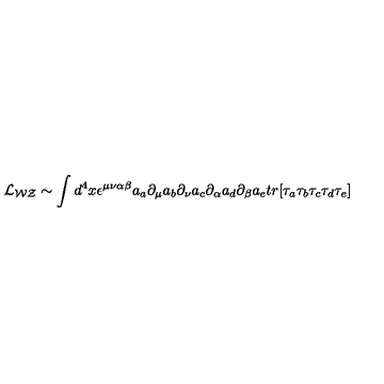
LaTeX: { \cal { L } _ { W Z } } \sim \int d ^ { 4 } x \epsilon ^ { \mu \nu \alpha \beta } a _ { a } \partial _ { \mu } a _ { b } \partial _ { \nu } a _ { c } \partial _ { \alpha } a _ { d } \partial _ { \beta } a _ { e } t r [ \tau _ { a } \tau _ { b } \tau _ { c } \tau _ { d } \tau _ { e } ]